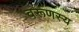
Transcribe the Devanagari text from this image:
वरूणस्य